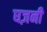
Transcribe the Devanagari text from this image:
घज़नी